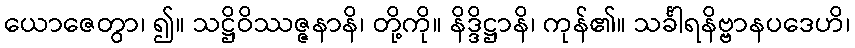
ယောဇေတွာ၊ ၍။ သဋ္ဌိဝိဿဇ္ဇနာနိ၊ တို့ကို။ နိဒ္ဒိဋ္ဌာနိ၊ ကုန်၏။ သင်္ခါရနိဗ္ဗာနပဒေဟိ၊